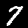
Label: 7